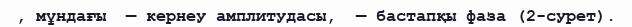
, мұндағы  — кернеу амплитудасы,  — бастапқы фаза (2-сурет).